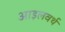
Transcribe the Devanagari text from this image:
आइलवर्थ